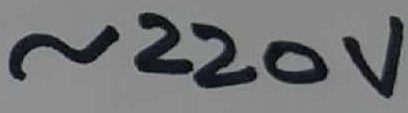
Text: ~220V